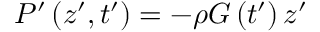
P ^ { \prime } \left( z ^ { \prime } , t ^ { \prime } \right) = - \rho G \left( t ^ { \prime } \right) z ^ { \prime }